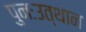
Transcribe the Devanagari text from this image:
पुनःउत्थान